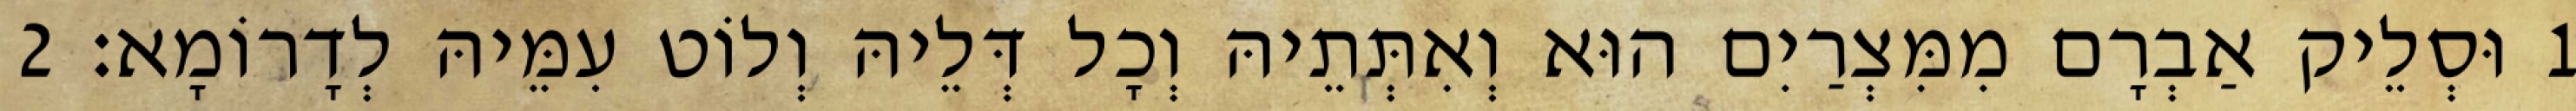
1 וּסְלֵיק אַבְרָם מִמִּצְרַיִם הוּא וְאִתְּתֵיהּ וְכָל דְּלֵיהּ וְלוֹט עִמֵּיהּ לְדָרוֹמָא׃ 2